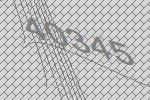
40345